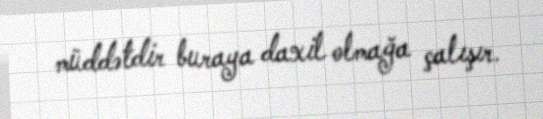
müddətdir buraya daxil olmağa çalışır.